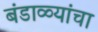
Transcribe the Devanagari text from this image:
बंडाळ्यांचा